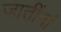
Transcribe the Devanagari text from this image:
जातींनां